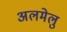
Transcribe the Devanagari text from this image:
अलमेलु